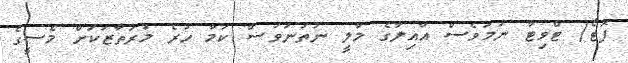
ފޮޓޯ/ ޓްވިޓާ ނަމަވެސް އާއިލާގެ މާލީ ނުތަނަވަސް ކަމާ ހުރެ މުރުތާޒަކަށް މެސީގެ